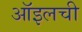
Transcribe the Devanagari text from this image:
ऑइलची